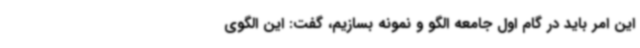
این امر باید در گام اول جامعه الگو و نمونه بسازیم، گفت: این الگوی